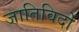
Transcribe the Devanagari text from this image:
जातिविदों